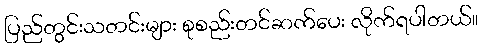
ပြည်တွင်းသတင်းများ စုစည်းတင်ဆက်ပေး လိုက်ရပါတယ်။